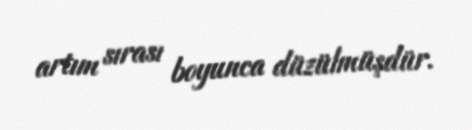
artım sırası boyunca düzülmüşdür.